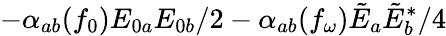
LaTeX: -\alpha_{ab}(f_{0})E_{0a}E_{0b}/2-\alpha_{ab}(f_{\omega})\tilde{E}_{a}\tilde{E}_{b}^{\ast}/4